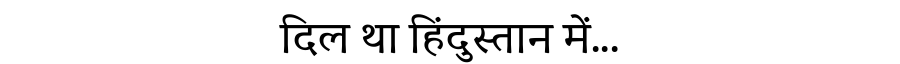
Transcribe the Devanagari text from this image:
दिल था हिंदुस्तान में...